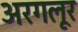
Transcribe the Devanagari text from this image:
अरगलूर